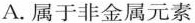
A.属于非金属元素